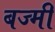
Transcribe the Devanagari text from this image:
बज्मी